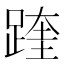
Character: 䠑